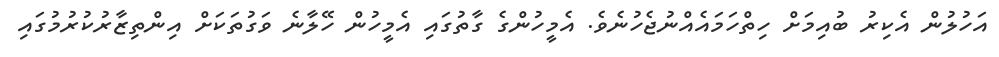
އަހުލުން އެކިރު ބުއިމަށް ހިތްހަމައެއްނުޖެހުނެވެ. އެމީހުންގެ ގާތުގައި އެމީހުން ހޭލާނެ ވަގުތަކަށް އިންތިޒާރުކުރުމުގައި